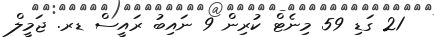
21 ގަޑި 59 މިނެޓް ކުރިން 9 ނައިބު ރައީސް ޑރ. ޖަމީލް